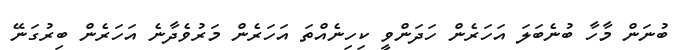
ބުނަން މާހާ ބުނެބަލަ އަހަރެން ހަދަންވީ ކިހިނެއްތަ އަހަރެން މަރުވެދާނެ އަހަރެން ބިރުގަނޭ